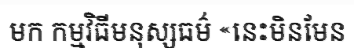
មក កម្មវិធីមនុស្សធម៌ «នេះមិនមែន